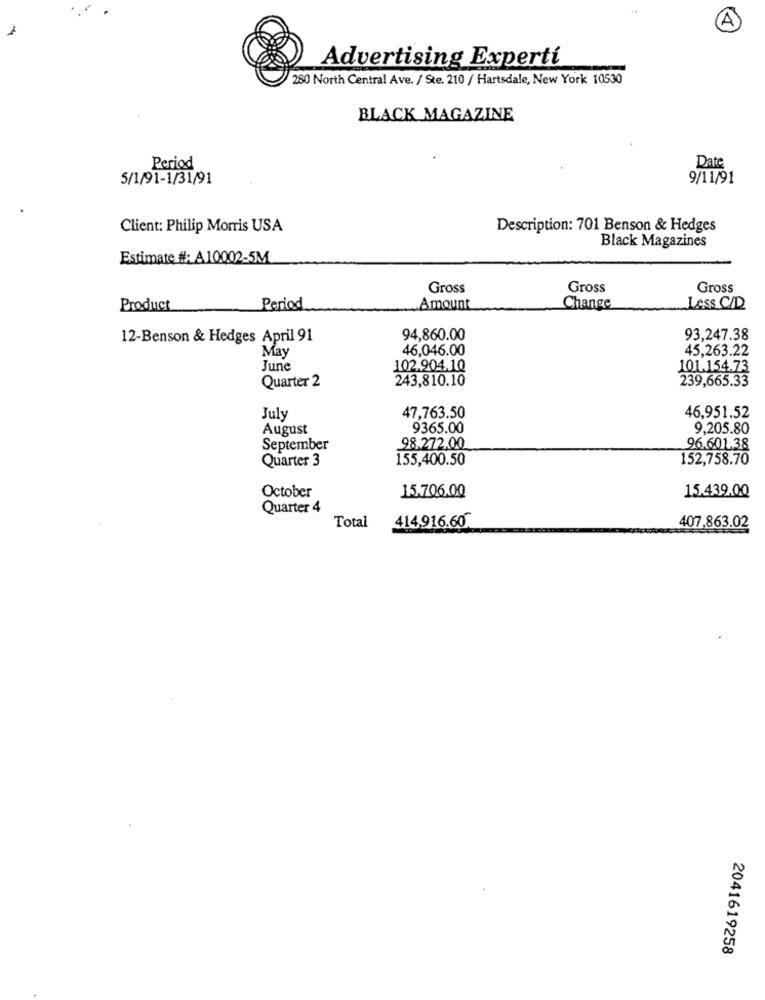
Advertising Experti
280 North Central Ave. / Ste. 210 / Hartsdale, New York 10530
BLACK MAGAZINE
Period
Date
5/1/91-1/31/91
9/11/91
Client: Philip Morris USA
Description: 701 Benson & Hedges
Black Magazines
Estimate #: A10002-5M
Gross
Gross
Gross
Product
Period
Amount
Change
Less C/D
12-Benson & Hedges April 91
94,860.00
93,247.38
May
46,046.00
45,263.22
June
102.904.10
101.154.73
Quarter 2
243,810.10
239,665.33
July
47,763.50
46,951.52
August
9365.00
9,205.80
September
98.272,00
96.601.38
Quarter 3
155,400.50
152,758.70
15.706.00
15.439,00
October
Quarter 4
Total
414,916.60
407,863.02
2041619258